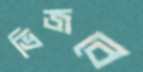
ভিজবে